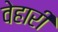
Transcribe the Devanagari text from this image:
वेहारी